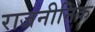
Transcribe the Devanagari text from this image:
राजनीनिक